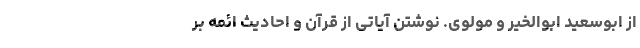
از ابوسعید ابوالخیر و مولوی. نوشتن آیاتی از قرآن و احادیث ائمه بر